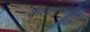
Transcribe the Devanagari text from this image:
कलागुणांसह